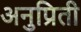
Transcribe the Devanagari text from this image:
अनुप्रिती